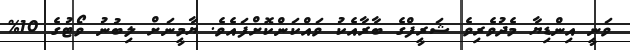
ވަނީ އިންޑިޔާ މެދުވެރިވެ ޝަރީފްގެ ބާރާއެކު ވައްކަންކޮށްފައެވެ. ޔާމީނަށް ލިބުނު ވޯޓުގެ 10%